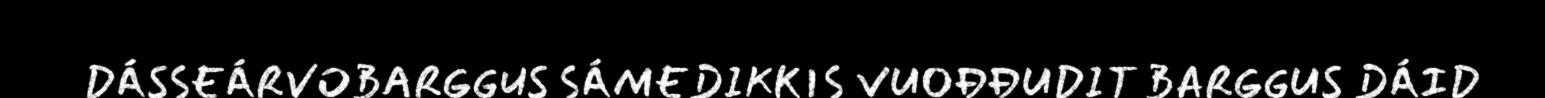
DÁSSEÁRVOBARGGUS SÁMEDIKKIS VUOĐĐUDIT BARGGUS DÁID